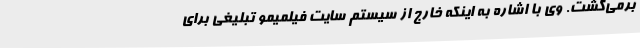
برمی‌گشت. وی با اشاره به اینکه خارج از سیستم سایت فیلمیمو تبلیغی برای